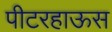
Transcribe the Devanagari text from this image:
पीटरहाऊस